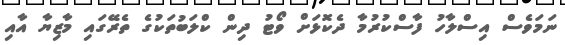
ނަމަވެސް އިސްލާހު ފާސްކުރުމާ ދެކޮޅަށް ވޯޓު ދިން ކްލަބުތަކުގެ ތެރޭގައި މާޒިޔާ އާއި